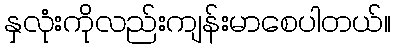
နှလုံးကိုလည်းကျန်းမာစေပါတယ်။